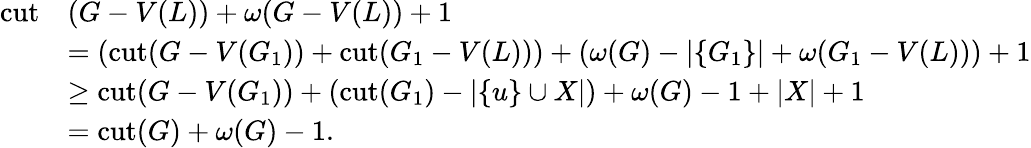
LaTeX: \begin{array}{rl}{\mathrm{cut}}&{(G-V(L))+\omega(G-V(L))+1}\\ &{=(\mathrm{cut}(G-V(G_{1}))+\mathrm{cut}(G_{1}-V(L)))+(\omega(G)-|\{ G_{1}\} |+\omega(G_{1}-V(L)))+1}\\ &{\geq\mathrm{cut}(G-V(G_{1}))+(\mathrm{cut}(G_{1})-|\{ u\} \cup X|)+\omega(G)-1+|X|+1}\\ &{=\mathrm{cut}(G)+\omega(G)-1.}\end{array}